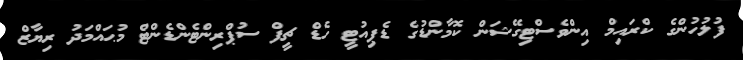
ފުލުހުންގެ ކްރައިމް އިންވެސްޓިގޭޝަން ކޮމާންޑުގެ ޑެޕިއުޓީ ހެޑް ޗީފް ސުޕްރިންޓެންޑެންޓް މުޙައްމަދު ރިޔާޒް